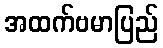
အထက်ဗမာပြည်